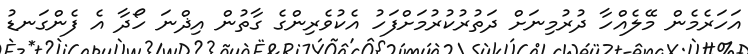
އަހަރެމެން މޭލެއްހާ ދުރުމިނަށް ދަތުރުކުރުމަށްފަހު އެކުވެރިންގެ ގާތުން އިޛްނަ ހޯދާ އެ ފެންގަނޑު